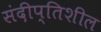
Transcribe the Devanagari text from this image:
संदीप्तिशील